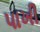
પાખી